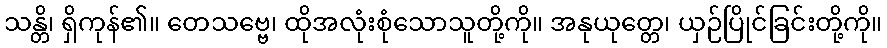
သန္တိ၊ ရှိကုန်၏။ တေသဗ္ဗေ၊ ထိုအလုံးစုံသောသူတို့ကို။ အနုယုတ္တေ၊ ယှဉ်ပြိုင်ခြင်းတို့ကို။